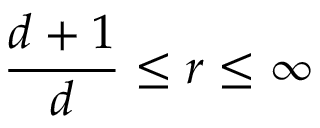
\frac { d + 1 } { d } \leq r \leq \infty